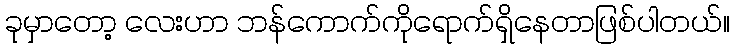
ခုမှာတော့ လေးဟာ ဘန်ကောက်ကိုရောက်ရှိနေတာဖြစ်ပါတယ်။